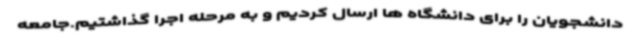
دانشجویان را برای دانشگاه ها ارسال کردیم و به مرحله اجرا گذاشتیم.جامعه